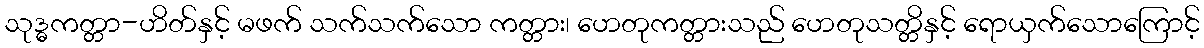
သုဒ္ဓကတ္တာ-ဟိတ်နှင့် မဖက် သက်သက်သော ကတ္တား၊ ဟေတုကတ္တားသည် ဟေတုသတ္တိနှင့် ရောယှက်သောကြောင့်